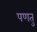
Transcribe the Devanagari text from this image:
पणतु